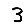
Digit: 3